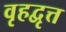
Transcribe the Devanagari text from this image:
वृहद्वृत्त